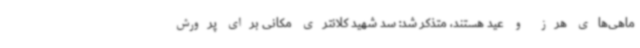
ماهی‌های هرز و عید هستند، متذکر شد: سد شهید کلانتری مکانی برای پرورش